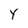
Character: Y